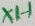
Text: X1-1